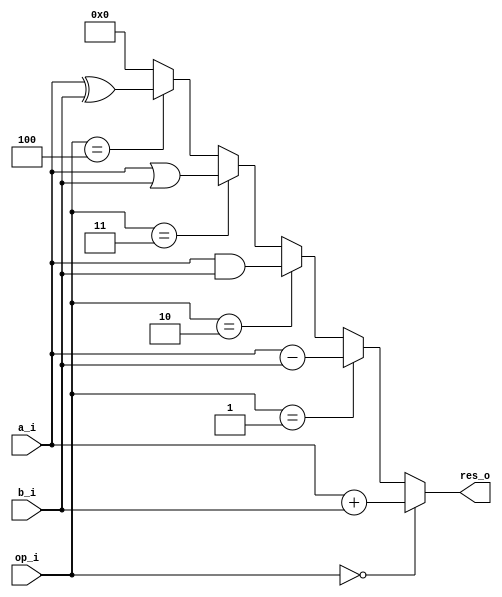


module alu (a_i,b_i,op_i,res_o);

input wire [7:0] a_i;
input wire [7:0] b_i;
input wire [2:0] op_i;

output reg [7:0] res_o;

always @(*) begin


if (op_i == 3'b000)
  
  res_o = a_i+b_i;

else if (op_i == 3'b001)
  
  res_o = a_i-b_i;

else if (op_i == 3'b010)
  
  res_o = a_i&b_i;

else if (op_i == 3'b011)
  
  res_o = a_i|b_i;

else if (op_i == 3'b100)
  
  res_o = a_i^b_i;

else if (op_i == 3'b000)
  
  res_o = a_i<<b_i;

else 

res_o =000000000;

end
    
endmodule